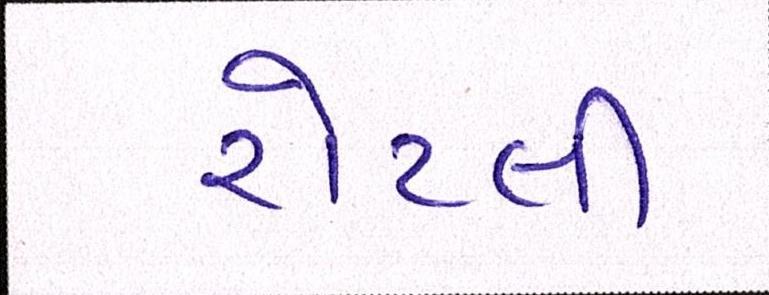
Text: રોટલી